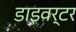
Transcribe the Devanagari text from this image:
डाइवर्टर